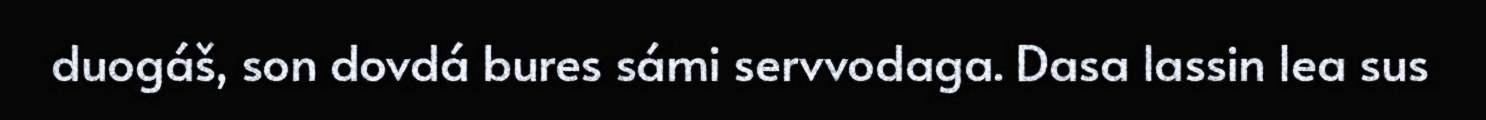
duogáš, son dovdá bures sámi servvodaga. Dasa lassin lea sus